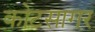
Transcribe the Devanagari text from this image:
कोटसागर